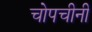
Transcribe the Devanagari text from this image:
चोपचीनी